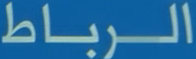
الرباط